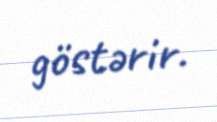
göstərir.